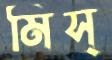
মিস্